65_HS1-834228961_62-HQ-83894_Section_6
Agency: FBI
Page 98
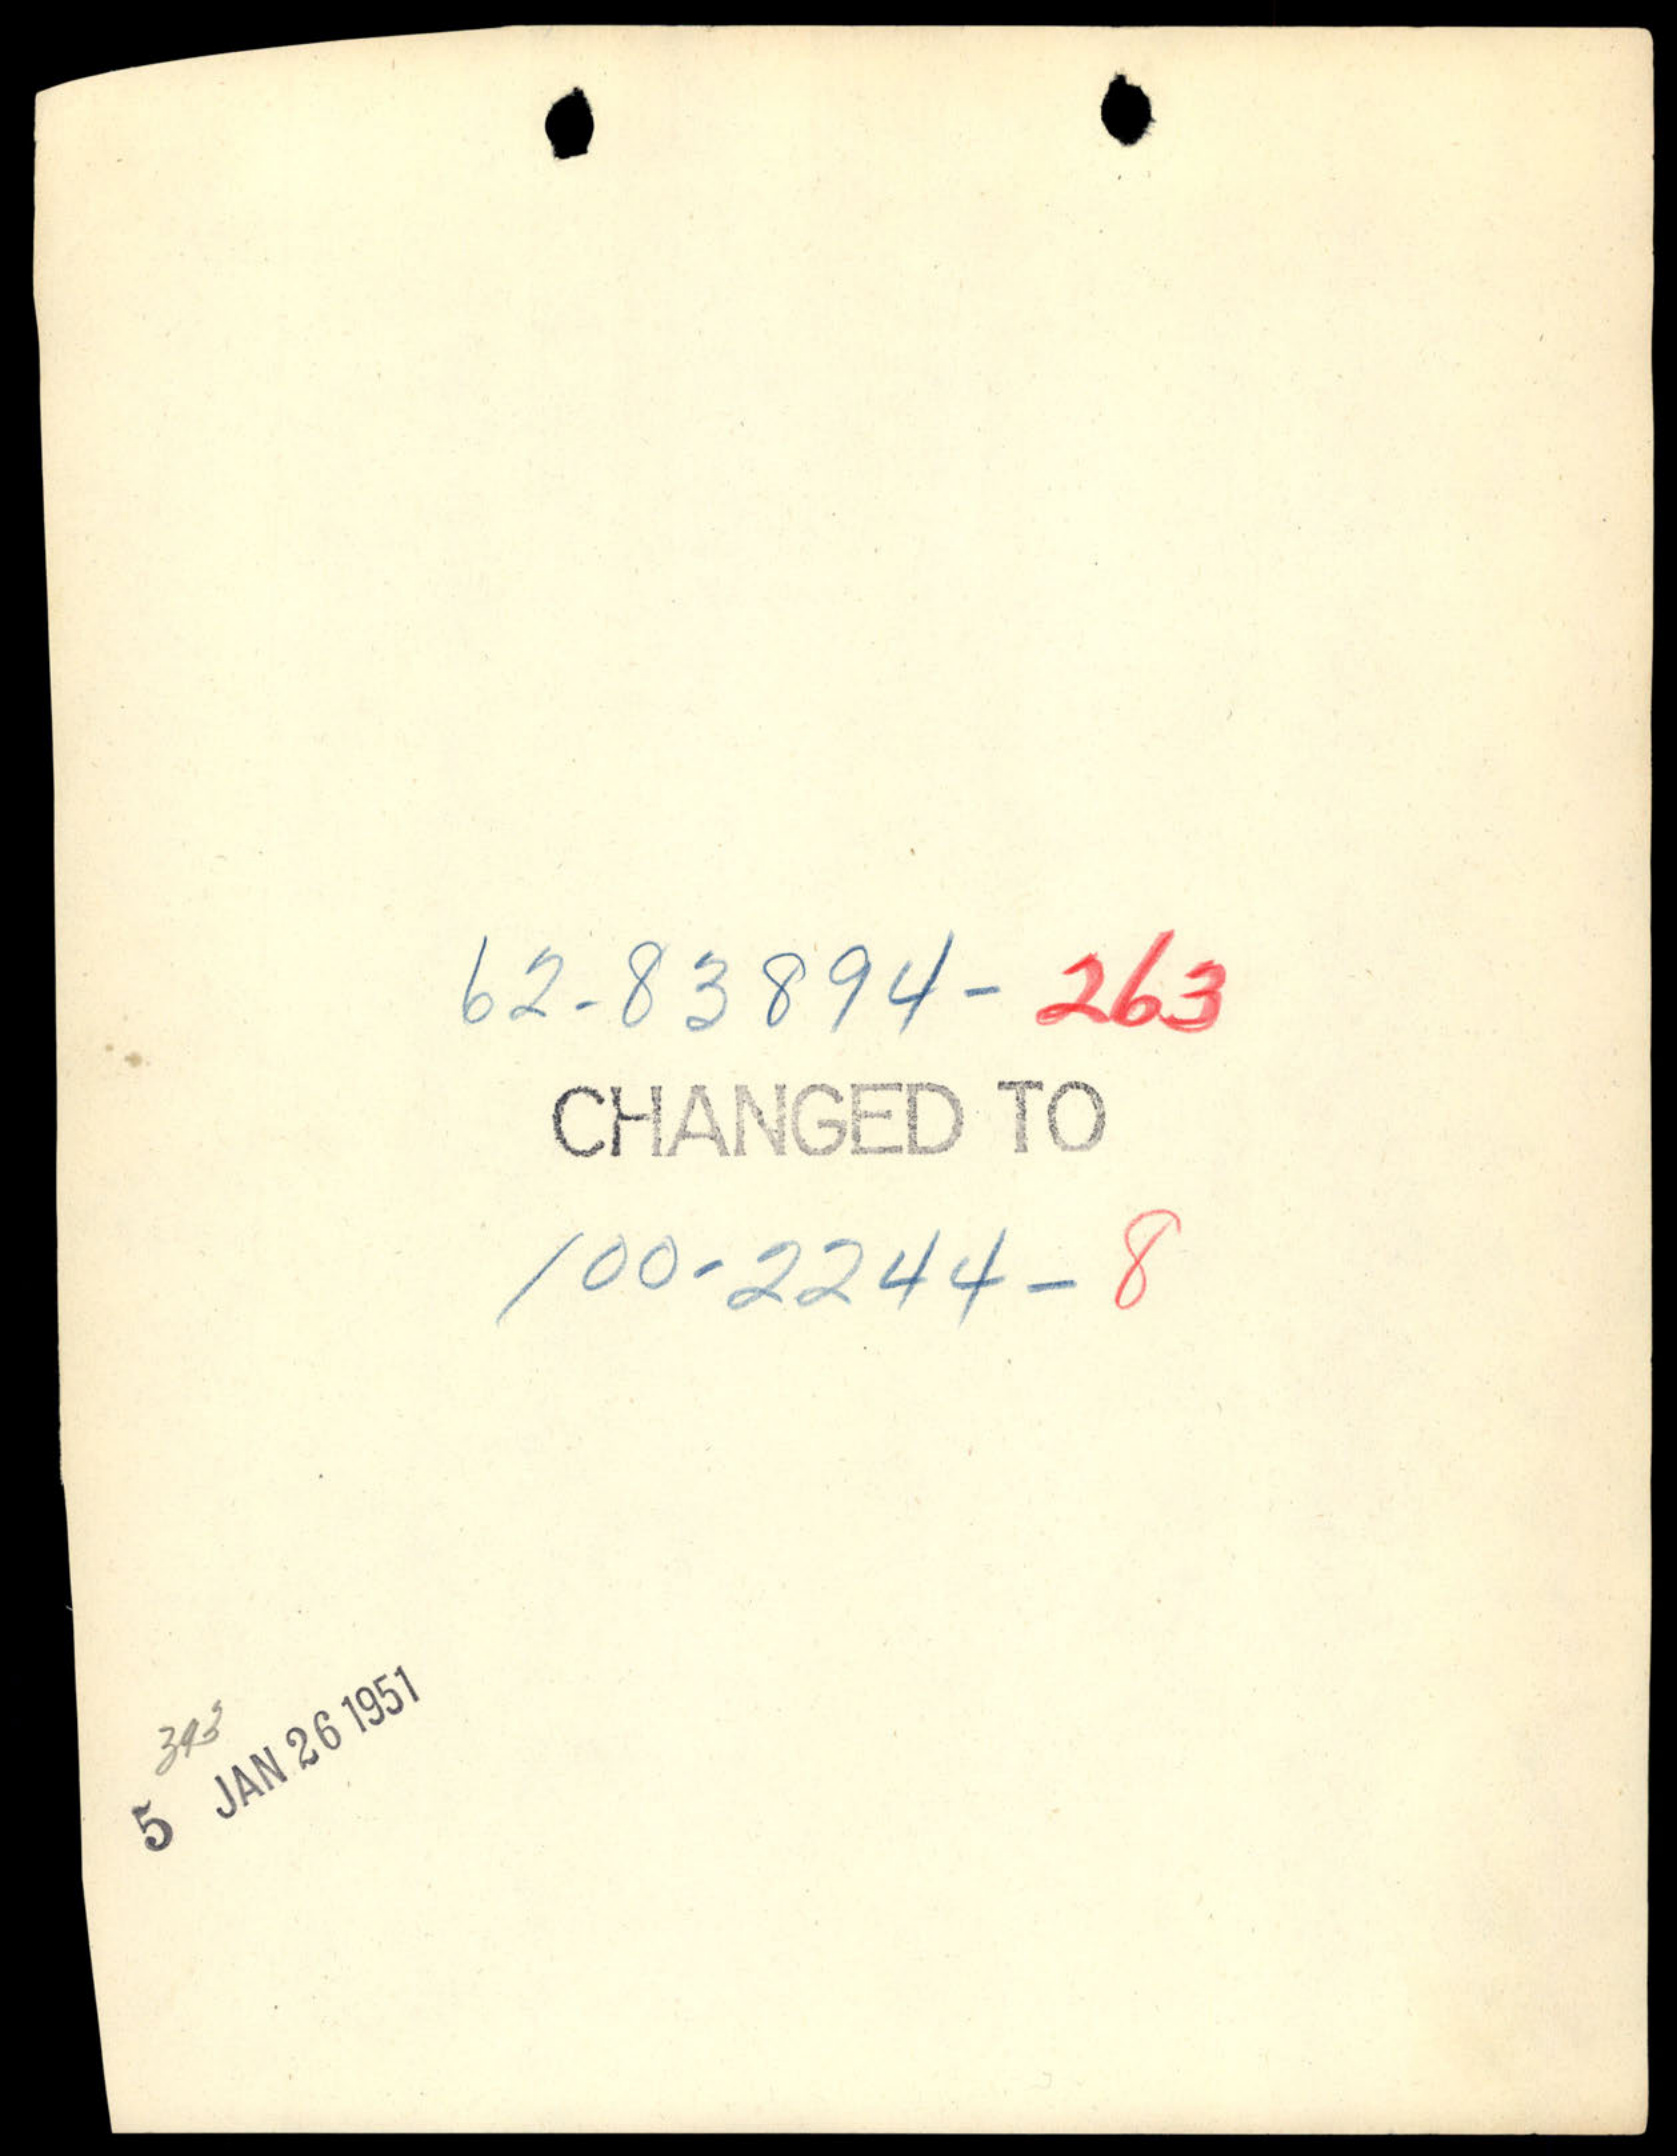